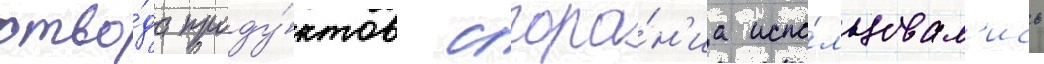
отво́да проду́ктов сгора́н'иа испо́льзовал'ись